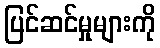
ပြင်ဆင်မှုများကို